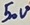
Text: 50V